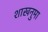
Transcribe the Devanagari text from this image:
शाखनुमा